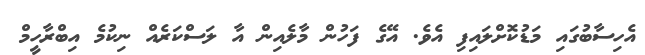
އެހިސާބުގައި މަޑުކޮށްލައިފި އެވެ. އޭގެ ފަހުން މާލެއިން އާ ލަސްކަރެއް ނިކުމެ އިބްރާހީމް